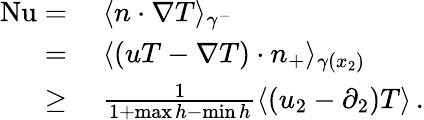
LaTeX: \begin{array}{rl}{\mathrm{{Nu}}={}}&{{}\langle n\cdot\nabla T\rangle_{\gamma^{-}}}\\ {={}}&{{}\langle(uT-\nabla T)\cdot n_{+}\rangle_{\gamma(x_{2})}}\\ {\geq{}}&{{}\frac{1}{1+\operatorname*{max}h-\operatorname*{min}h}\langle(u_{2}-\partial_{2})T\rangle\, .}\end{array}